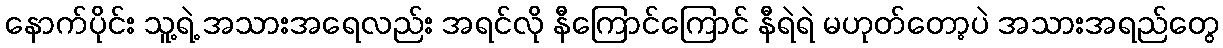
နောက်ပိုင်း သူ့ရဲ့ အသားအရေလည်း အရင်လို နီကြောင်ကြောင် နီရဲရဲ မဟုတ်တော့ပဲ အသားအရည်တွေ